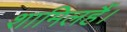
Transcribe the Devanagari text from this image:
शामिलहैं।